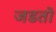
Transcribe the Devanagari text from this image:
जडतो